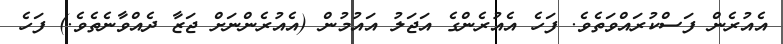
އެއުރެން ފަސްކުރައްވަތެވެ. ފަހެ އެއުރެންގެ އަޖަލު އައުމުން (އެއުރެންނަށް ޖަޒާ ދެއްވާނެތެވެ.) ފަހެ